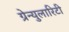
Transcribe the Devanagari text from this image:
ग्रेन्युलारिटी